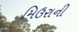
મિઉરાની